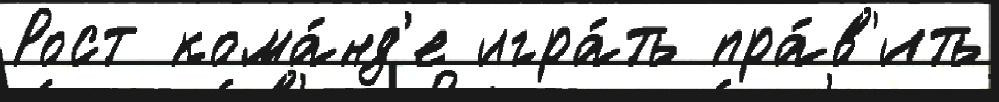
Рост кома́нд'е игра́ть пра́в'ить